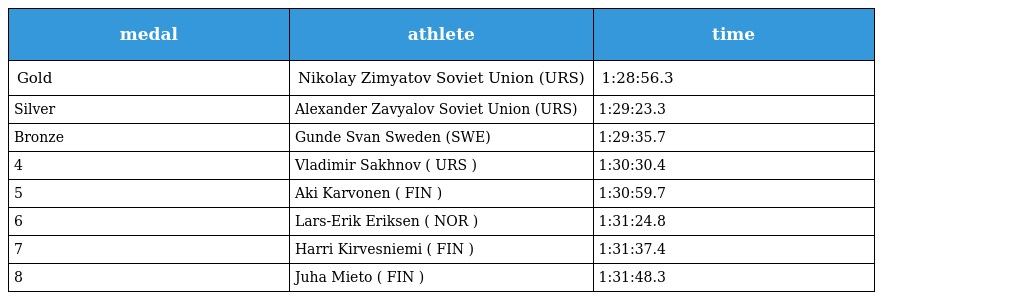
| medal | athlete | time |
 | --- | --- | --- |
 | Gold | Nikolay Zimyatov Soviet Union (URS) | 1:28:56.3 |
 | Silver | Alexander Zavyalov Soviet Union (URS) | 1:29:23.3 |
 | Bronze | Gunde Svan Sweden (SWE) | 1:29:35.7 |
 | 4 | Vladimir Sakhnov ( URS ) | 1:30:30.4 |
 | 5 | Aki Karvonen ( FIN ) | 1:30:59.7 |
 | 6 | Lars-Erik Eriksen ( NOR ) | 1:31:24.8 |
 | 7 | Harri Kirvesniemi ( FIN ) | 1:31:37.4 |
 | 8 | Juha Mieto ( FIN ) | 1:31:48.3 |